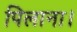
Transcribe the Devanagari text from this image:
पिलाना।